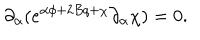
LaTeX: \partial _ { \alpha } ( e ^ { \alpha \phi + 2 B q + \chi } \partial _ { \alpha } \chi ) = 0 .